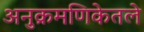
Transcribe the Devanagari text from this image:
अनुक्रमणिकेतले